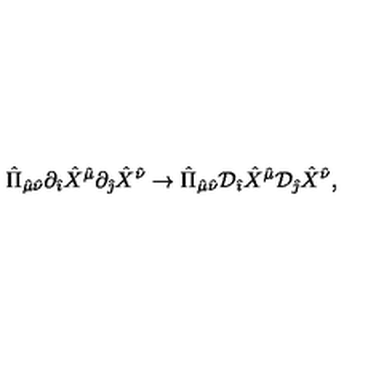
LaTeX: { \hat { \Pi } } _ { { \hat { \mu } } { \hat { \nu } } } \partial _ { \hat { \imath } } { \hat { X } } ^ { \hat { \mu } } \partial _ { \hat { \jmath } } { \hat { X } } ^ { \hat { \nu } } \rightarrow { \hat { \Pi } } _ { { \hat { \mu } } { \hat { \nu } } } { \cal D } _ { \hat { \imath } } { \hat { X } } ^ { \hat { \mu } } { \cal D } _ { \hat { \jmath } } { \hat { X } } ^ { \hat { \nu } } ,